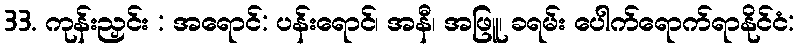
33. ကုန်းညှင်း : အရောင်: ပန်းရောင်၊ အနီ၊ အဖြူ၊ ခရမ်း ပေါက်ရောက်ရာနိုင်ငံ: